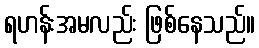
ရဟန်းအမလည်း ဖြစ်နေသည်။